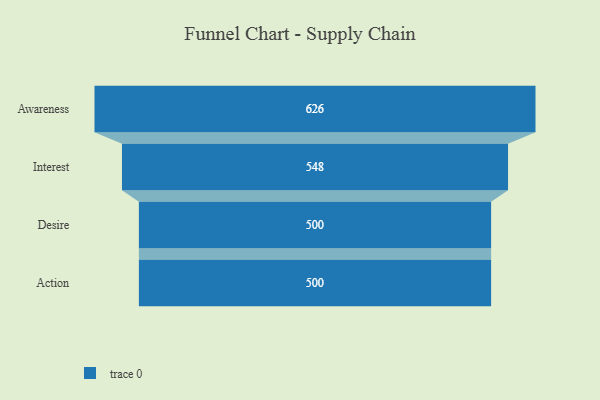
{"axis": {"x": "Stage", "y": "Value"}, "legend": [""], "data": [{"x": "Awareness", "y": 626.0, "type": ""}, {"x": "Interest", "y": 548.0, "type": ""}, {"x": "Desire", "y": 500, "type": ""}, {"x": "Action", "y": 500, "type": ""}]}